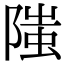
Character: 䧝